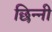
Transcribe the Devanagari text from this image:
छिन्‍नी